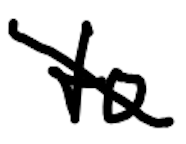
Text: to
Cross-out: diagonal
Writing tool: digital_black